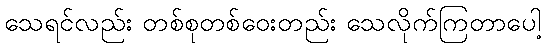
သေရင်လည်း တစ်စုတစ်ဝေးတည်း သေလိုက်ကြတာပေါ့